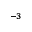
^ { - 3 }